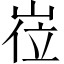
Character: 𡸏